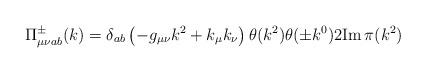
LaTeX: \begin{align*}\Pi^\pm_{\mu\nu ab}(k) = \delta_{ab}\left(-g_{\mu\nu}k^2 + k_\mu k_\nu\right)\theta(k^2)\theta(\pm k^0)2{\rm Im}\,\pi(k^2) \end{align*}